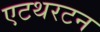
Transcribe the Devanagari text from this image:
एटथरटन